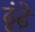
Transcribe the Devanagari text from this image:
ढूंढ़े